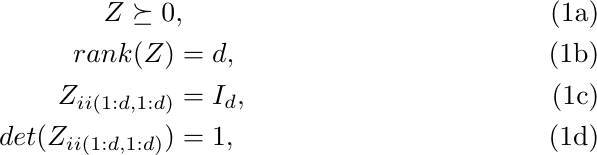
\begin{subequations}\label{6}
\begin{align}
    Z\succeq0&, \\
    rank(Z)&=d, \\
    Z_{ii(1:d,1:d)}&=I_d, \\
    det(Z_{ii(1:d,1:d)})&=1,
\end{align}
\end{subequations}